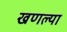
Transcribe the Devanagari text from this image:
खणल्या